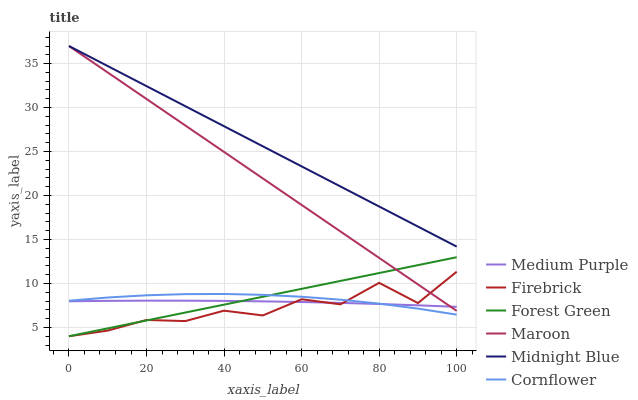
| xaxis_label | Medium Purple | Firebrick | Forest Green | Maroon | Midnight Blue | Cornflower |
 | --- | --- | --- | --- | --- | --- | --- |
 | 0 | 7.98 | 4 | 4 | 37 | 37 | 8.04 |
 | 10 | 8.02 | 4.64 | 4.9 | 34 | 34.7 | 8.41 |
 | 20 | 8.05 | 5.85 | 5.8 | 31 | 32.4 | 8.66 |
 | 30 | 8.05 | 5.73 | 6.7 | 28 | 30.2 | 8.79 |
 | 40 | 8.02 | 6.91 | 7.59 | 25 | 27.9 | 8.81 |
 | 50 | 7.97 | 6.37 | 8.49 | 21.9 | 25.6 | 8.71 |
 | 60 | 7.89 | 8.21 | 9.39 | 18.9 | 23.3 | 8.49 |
 | 70 | 7.79 | 7.63 | 10.3 | 15.9 | 21 | 8.16 |
 | 80 | 7.67 | 10.1 | 11.2 | 12.9 | 18.8 | 7.71 |
 | 90 | 7.52 | 7.78 | 12.1 | 9.9 | 16.5 | 7.14 |
 | 100 | 7.34 | 11.3 | 13 | 6.89 | 14.2 | 6.46 |